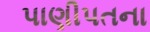
પાણીપતના